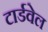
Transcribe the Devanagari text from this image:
टार्डवेल